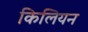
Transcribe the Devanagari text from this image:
किलियन